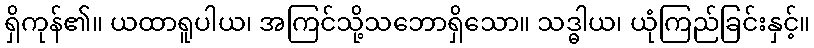
ရှိကုန်၏။ ယထာရူပါယ၊ အကြင်သို့သဘောရှိသော။ သဒ္ဓါယ၊ ယုံကြည်ခြင်းနှင့်။